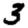
Digit: 3